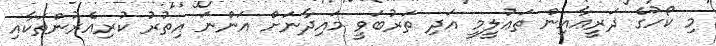
މި ކޯހުގެ ޛަރީޢާއިން ތަޢުލީމީ އަދި ތަރުބަވީ މައިދާނަށް އަންނަ އިތުރު ކުރިއެރުންތަކާއި